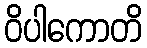
ဝိပါကောတိ